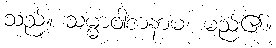
သည်။ သမ္မာဝါစာနာမ၊ မည်၏။